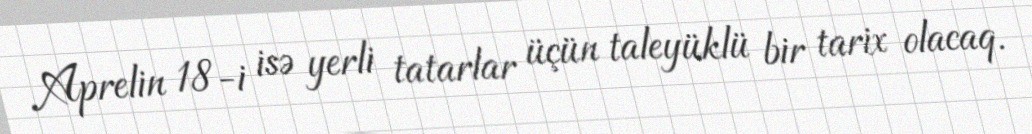
Aprelin 18-i isə yerli tatarlar üçün taleyüklü bir tarix olacaq.